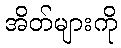
အိတ်များကို